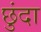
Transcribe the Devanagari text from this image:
छुंदा